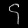
Digit: ၄